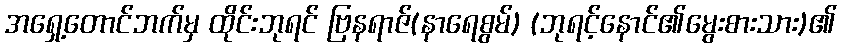
အရှေ့တောင်ဘက်မှ ထိုင်းဘုရင် ဗြနရာဇ်(နာရေစွမ်) (ဘုရင့်နောင်၏မွေးစားသား)၏